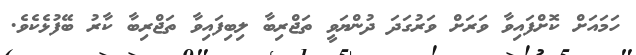
ހަމައަށް ކޮށްފައިވާ ވަރަށް ވަރުގަދަ ދުންޔަވީ ތަޖްރިބާ ލިބިފައިވާ ތަޖްރިބާ ކާރު ބޭފުޅެކެވެ.